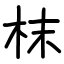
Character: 枺